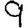
Digit: 9